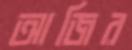
আজির